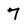
Character: 7